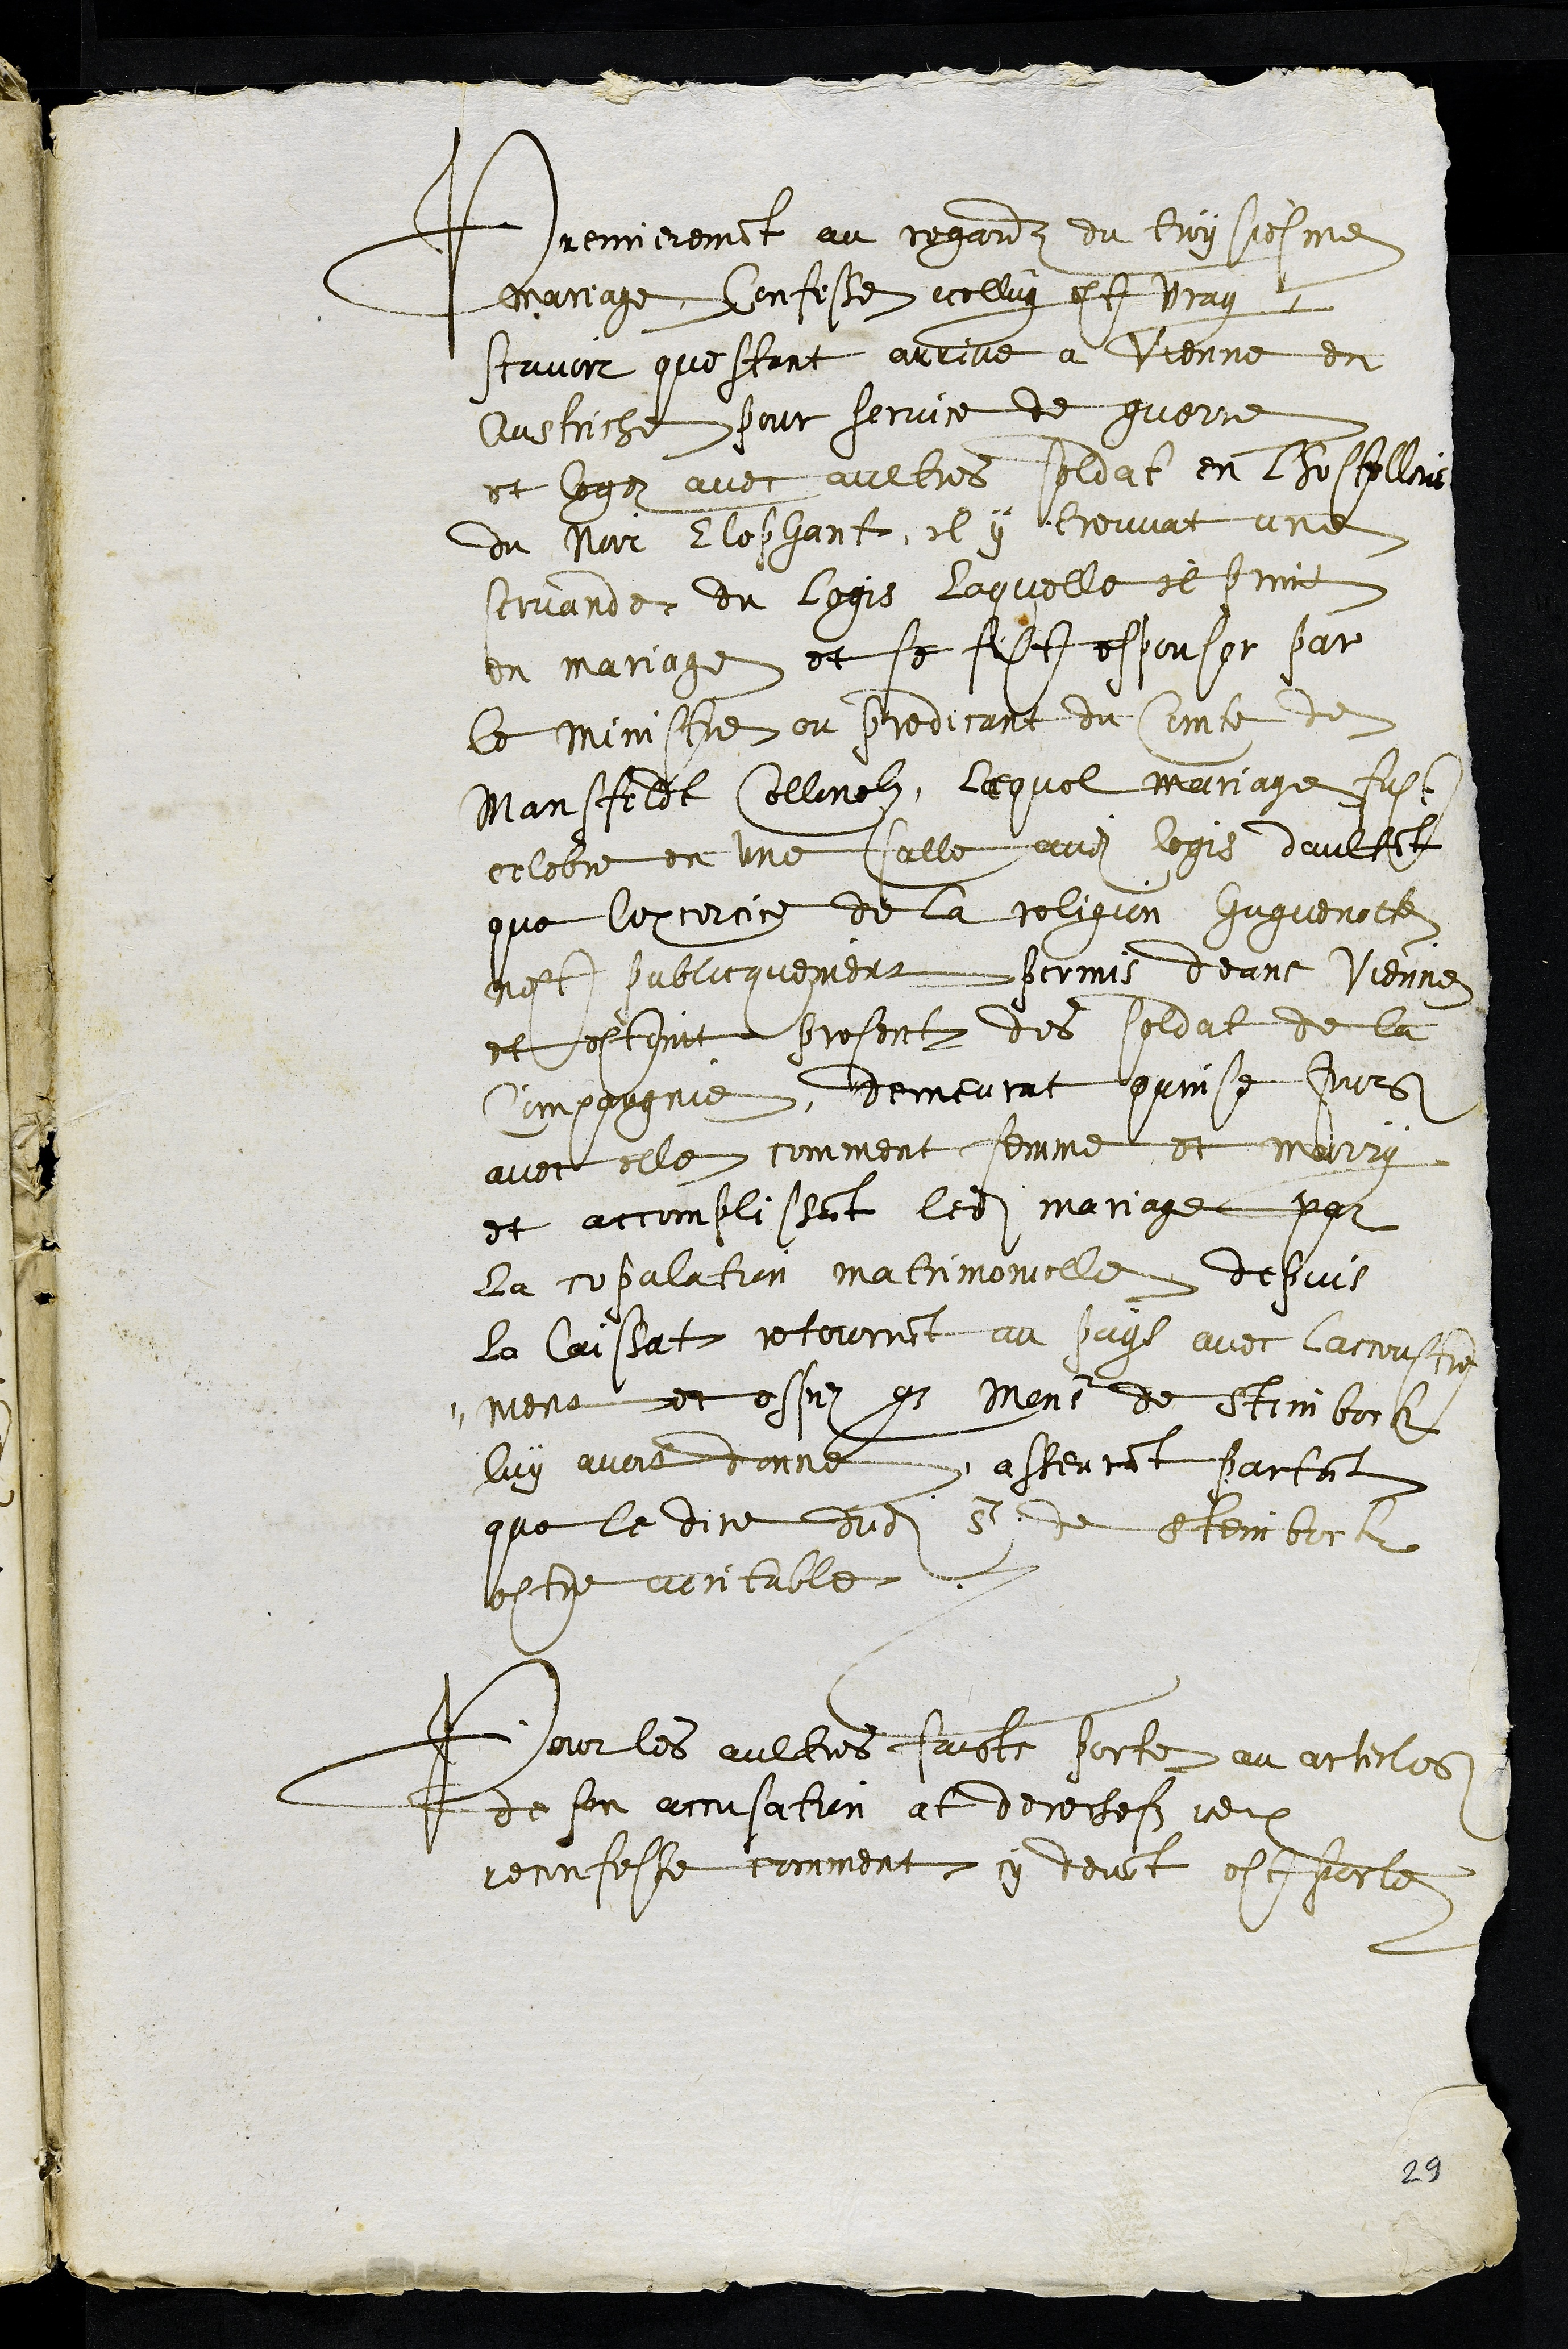
Premierement au regardz du troysiesme
mariage confesse icelluy estre vray
scavoir questant arrive a Vienne en
Austriche pour service de guerre
et logez avec aultres soldat en lhostellerie
du Noir Elephant, il y trouvat une
servande du logis laquelle il print
en mariage et se fit espouser par
le ministre ou predicant du Comte de
Mansfeldt Collonelz, lequel mariage fust
celebre en une salle audit logis daultant
que lexercice de la religion huguenotte
nest publicquement permis deans Vienne
et estoint present des soldat de la
compagnie, demeurat quinse jours
avec elle comment femme et marry
et accomplissant ledit mariage par
la copulation matrimonielle depuis
le laissat retournant au pays avec laccoustre
¬ ment et espez que Monsieur de Steinbock
luy avoit donne asseurant partant
que le dire dudit S de Steinbock
estre veritable.
Pour les aultres faicts portez au articles
de son accusation at derechefz iceux
reconfesse comment cy devant est portez
29